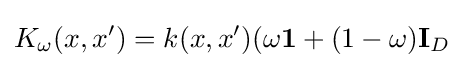
K_{\omega }(x,x')=k(x,x')(\omega \mathbf {1} +(1-\omega )\mathbf {I} _{D}